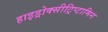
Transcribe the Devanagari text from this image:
हाइड्रोक्सीट्रिप्टामिन